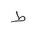
Letter: _da